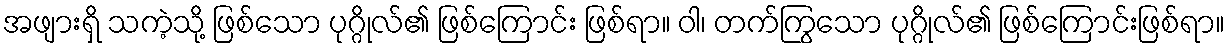
အဖျားရှိ သကဲ့သို့ ဖြစ်သော ပုဂ္ဂိုလ်၏ ဖြစ်ကြောင်း ဖြစ်ရာ။ ဝါ၊ တက်ကြွသော ပုဂ္ဂိုလ်၏ ဖြစ်ကြောင်းဖြစ်ရာ။